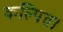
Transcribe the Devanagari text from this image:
कल्पित।